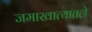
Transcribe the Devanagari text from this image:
जमाखात्यातले